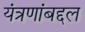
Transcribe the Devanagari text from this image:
यंत्रणांबद्दल